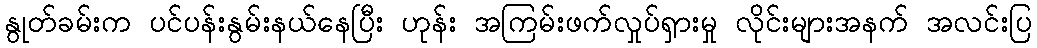
နွုတ်ခမ်းက ပင်ပန်းနွမ်းနယ်နေပြီး ဟုန်း အကြမ်းဖက်လှုပ်ရှားမှု လိုင်းများအနက် အလင်းပြ